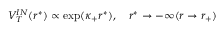
V _ { T } ^ { I N } ( r ^ { * } ) \propto \exp ( \kappa _ { + } r ^ { * } ) , ~ ~ ~ r ^ { * } \to - \infty ( r \to r _ { + } )